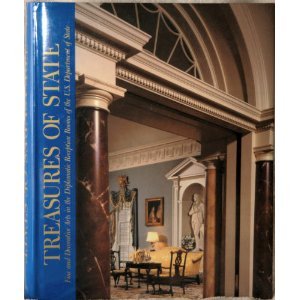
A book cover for Treasures of State: Fine and Decorative Arts in the Diplomatic Reception Rooms of the U.S. Department of State; Crafts, Hobbies & Home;